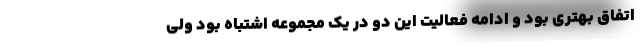
اتفاق بهتری بود و ادامه فعالیت این دو در یک مجموعه اشتباه بود ولی